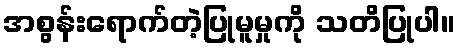
အစွန်းရောက်တဲ့ပြုမူမှုကို သတိပြုပါ။